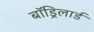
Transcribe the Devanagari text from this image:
बॉड्रिलार्ड